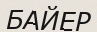
БАЙЕР